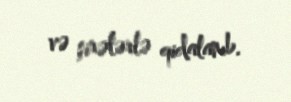
və şirələrlə qidalanıb.